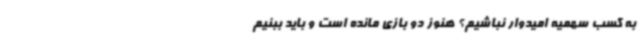
به کسب سهمیه امیدوار نباشیم؟ هنوز دو بازی مانده است و باید ببنیم